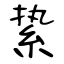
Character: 絷